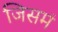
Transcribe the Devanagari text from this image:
जिसमं